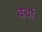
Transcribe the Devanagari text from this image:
वर्चा